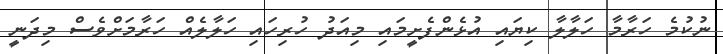
ނުކުމެ ހަރާމާ ހަލާލާ ކިޔައި އުޅެންފެށީމައި މިއަދު ހުރިހައި ހަލާލެއް ހަރާމަށްވެސް މިދަނީ